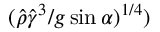
( \hat { \rho } \hat { \gamma } ^ { 3 } / g \sin \alpha ) ^ { 1 / 4 } )